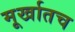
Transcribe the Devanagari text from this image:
मूर्खातच